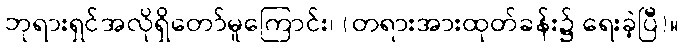
ဘုရားရှင်အလိုရှိတော်မူကြောင်း၊ (တရားအားထုတ်ခန်း၌ ရေးခဲ့ပြီ)။